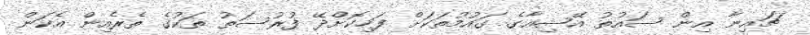
ޗައިނާ އިން ސައުތު އޭޝިއާގެ ގައުމުތަކަށް ފަހިކޮށްދޭ ފުރުސަތު ތަކުގެ ތެރެއިން އެކަން